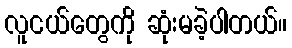
လူငယ်တွေကို ဆုံးမခဲ့ပါတယ်။